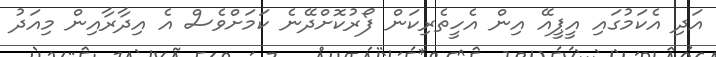
އަދި އެކަމުގައި އީޕީއޭ އިން އެހީތެރިކަން ފޯރުކޮށްދޭނެ ކަމަށްވެސް އެ އިދާރާއިން މިއަދު